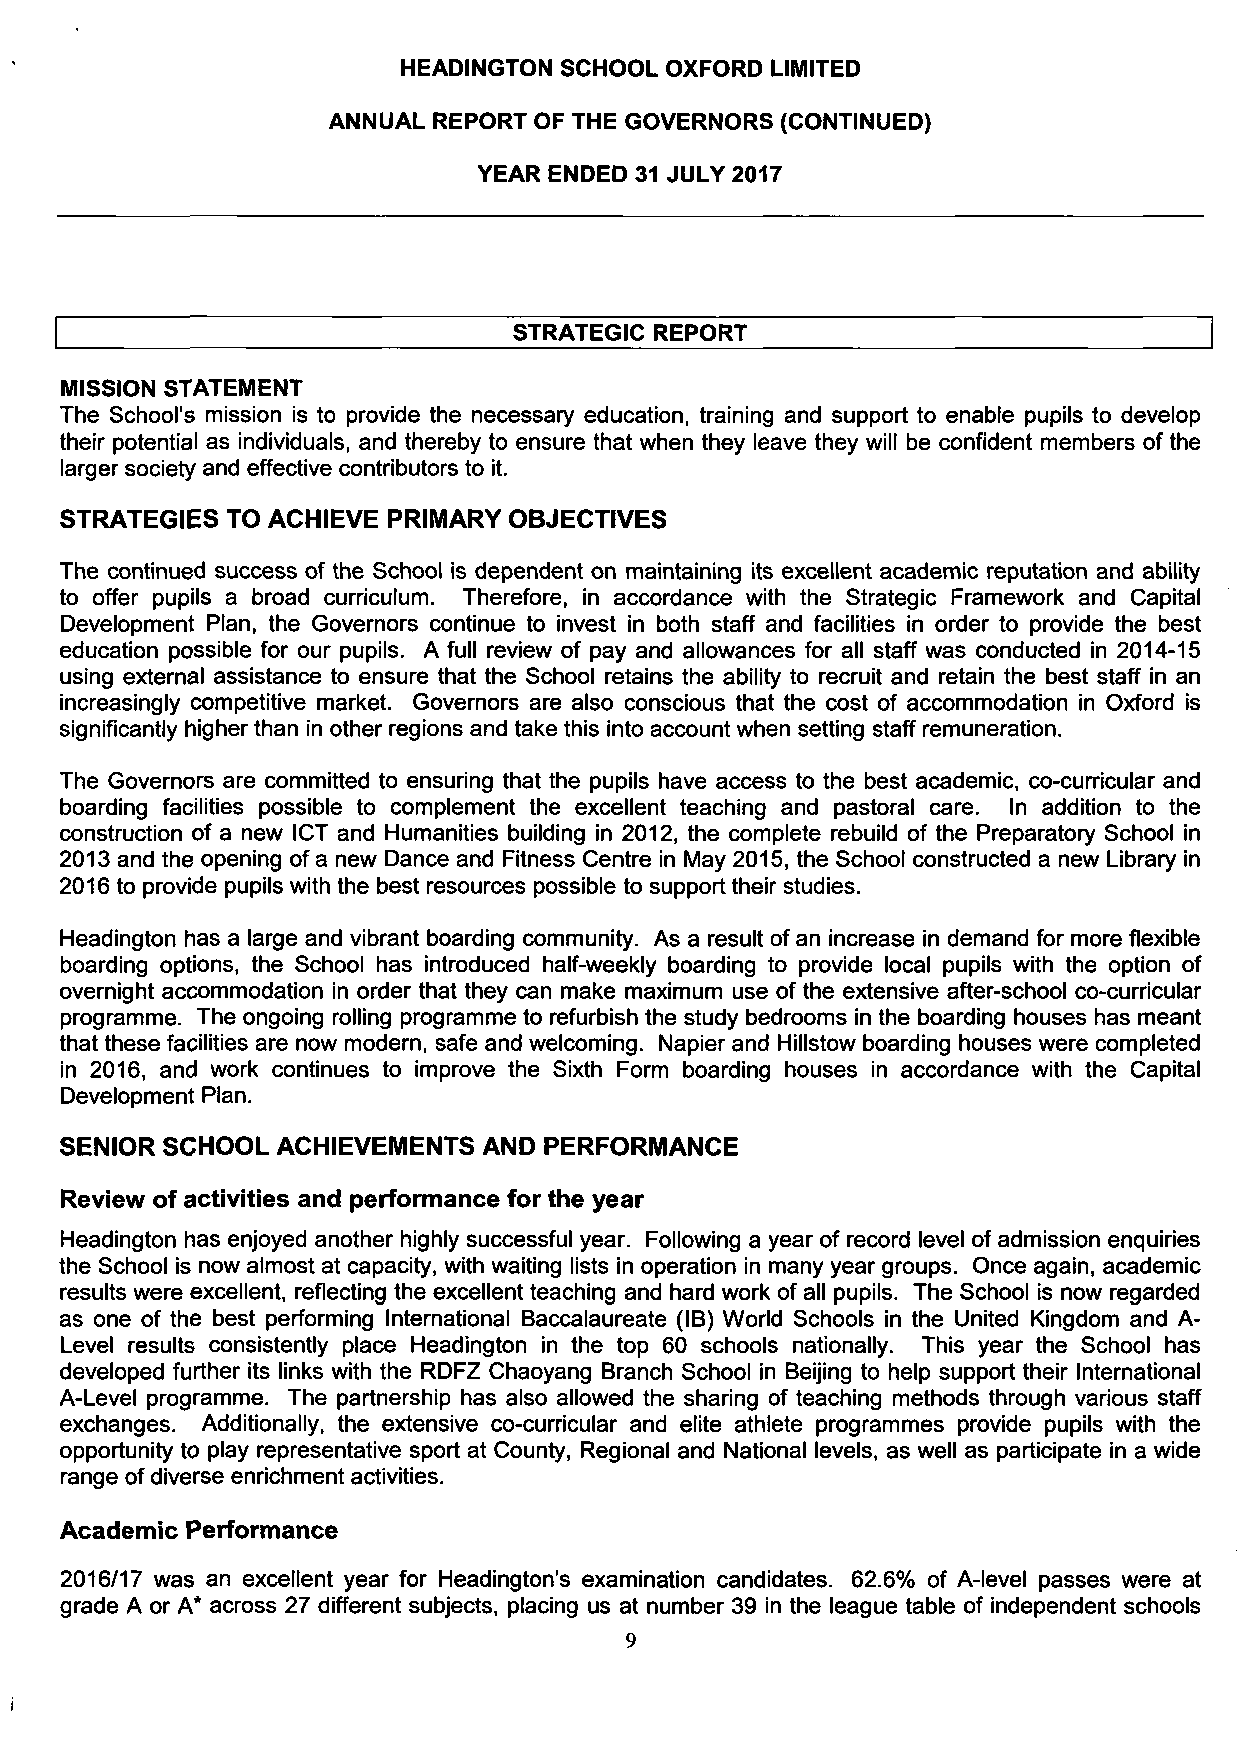
HEADINGTON SCHOOL OXFORD LIMITED
 ANNUAL REPORT OF THE GOVERNORS (CONTINUED)
 YEAR ENDED 31 JULY 2017
 STRATEGIC REPORT
 MISSION STATEMENT
 The School's mission is to provide the necessary education, training and support to enable pupils to develop
 their potential as individuals, and thereby to ensure that when they leave they will be confident members of the
 larger society and effective contributors to it.
 STRATEGIES TO ACHIEVE PRIMARY OBJECTIVES
 The continued success of the School is dependent on maintaining its excellent academic reputation and ability
 to offer pupils a broad curriculum. Therefore, in accordance with the Strategic Framework and Capital
 Development Plan, the Governors continue to invest in both staff and facilities in order to provide the best
 education possible for our pupils. A full review of pay and allowances for all staff was conducted in 2014-15
 using external assistance to ensure that the School retains the ability to recruit and retain the best staff in an
 increasingly competitive market. Governors are also conscious that the cost of accommodation in Oxford is
 significantly higher than in other regions and take this into account when setting staff remuneration.
 The Governors are committed to ensuring that the pupils have access to the best academic, co-curricular and
 boarding facilities possible to complement the excellent teaching and pastoral care. In addition to the
 construction of a new ICT and Humanities building in 2012, the complete rebuild of the Preparatory School in
 2013 and the opening of a new Dance and Fitness Centre in May 2015, the School constructed a new Library in
 2016 to provide pupils with the best resources possible to support their studies.
 Headington has a large and vibrant boarding community. As a result of an increase in demand for more flexible
 boarding options, the School has introduced half-weekly boarding to provide local pupils with the option of
 overnight accommodation in order that they can make maximum use of the extensive after-school co-curricular
 programme. The ongoing rolling programme to refurbish the study bedrooms in the boarding houses has meant
 that these facilities are now modern, safe and welcoming. Napier and Hillstow boarding houses were completed
 in 2016, and work continues to improve the Sixth Form boarding houses in accordance with the Capital
 Development Plan.
 SENIOR SCHOOL ACHIEVEMENTS  AND PERFORMANCE
 Review of activities and performance for the year
 Headington has enjoyed another highly successful year. Following a year of record level of admission enquiries
 the School is now almost at capacity, with waiting lists in operation in many year groups. Once again, academic
 results were excellent, reflecting the excellent teaching and hard work of all pupils. The School is now regarded
 as one of the best performing International Baccalaureate (IB) World Schools in the United Kingdom and A-
 Level results consistently place Headington in the top 60 schools nationally. This year the School has
 developed further its links with the RDFZ Chaoyang Branch School in Beijing to help support their International
 A-Level programme. The partnership has also allowed the sharing of teaching methods through various staff
 exchanges. Additionally, the extensive co-curricular and elite athlete programmes provide pupils with the
 opportunity to play representative sport at County, Regional and National levels, as well as participate in a wide
 range of diverse enrichment activities.
 Academic Performance
 2016/17 was an excellent year for Headington's examination candidates. 62.6% of A-level passes were at
 grade A or A* across 27 different subjects, placing us at number 39 in the league table of independent schools
 9